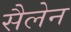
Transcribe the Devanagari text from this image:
सैलेन